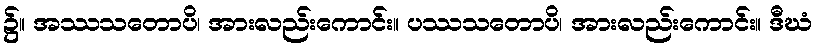
၌။ အဿသတောပိ၊ အားလည်းကောင်း။ ပဿသတောပိ၊ အားလည်းကောင်း။ ဒီဃံ